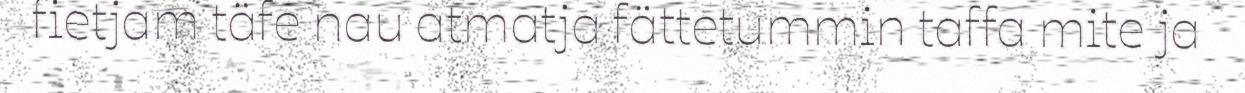
fietjam täfe nau atmatja fättetummin taffa mite ja